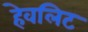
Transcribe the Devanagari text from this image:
हेवलिट